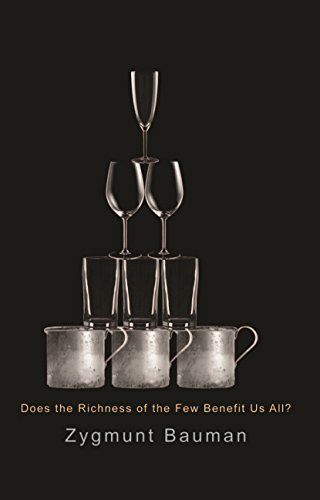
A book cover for Does the Richness of the Few Benefit Us All; Zygmunt Bauman; Business & Money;